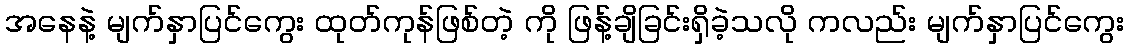
အနေနဲ့ မျက်နှာပြင်ကွေး ထုတ်ကုန်ဖြစ်တဲ့ ကို ဖြန့်ချိခြင်းရှိခဲ့သလို ကလည်း မျက်နှာပြင်ကွေး